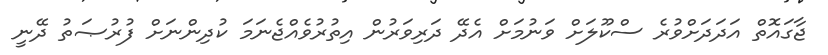
ޖާގައޮތް އަދަދަށްވުރެ ސްކޫލަށް ވަނުމަށް އެދޭ ދަރިވަރުން އިތުރުވެއްޖެނަމަ ކުދިންނަށް ފުރުޞަތު ދޭނީ